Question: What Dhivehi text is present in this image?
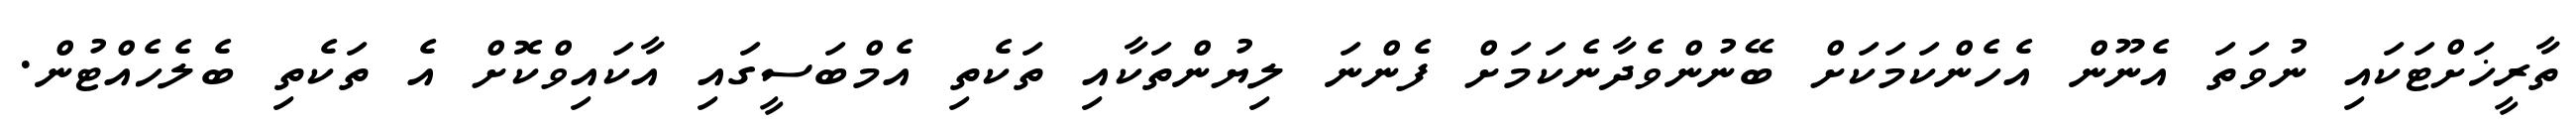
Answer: ތާރީޚަށްޓަކައި ނުވަތަ އެނޫން އެހެންކަމަކަށް ބޭނުންވެދާނެކަމަށް ފެންނަ ލިޔުންތަކާއި ތަކެތި އެމްބަސީގައި އާކައިވްކޮށް އެ ތަކެތި ބެލެހެއްޓުން.